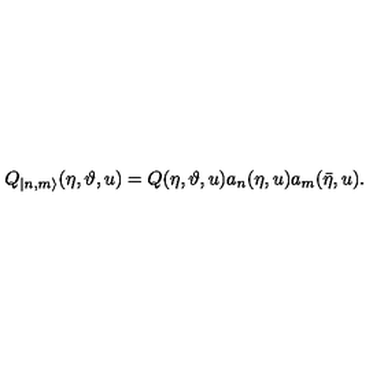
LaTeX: Q _ { | n , m \rangle } ( \eta , \vartheta , u ) = Q ( \eta , \vartheta , u ) a _ { n } ( \eta , u ) a _ { m } ( \bar { \eta } , u ) .